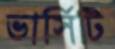
ভার্সিটি